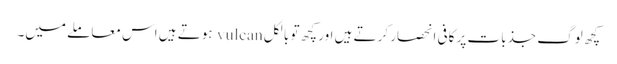
کچھ لوگ جذبات پر کافی انحصار کرتے ہیں اور کچھ تو بالکل vulcan ہوتے ہیں اس معاملے میں۔